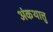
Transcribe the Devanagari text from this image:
अंकथात्तु